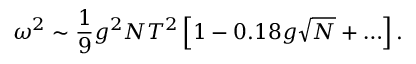
\omega ^ { 2 } \sim \frac { 1 } { 9 } g ^ { 2 } N T ^ { 2 } \left[ 1 - 0 . 1 8 g \sqrt { N } + \ldots \right] .